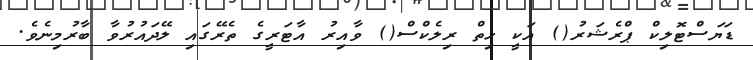
ޑަޔަސްޓޮލިކް ޕްރެޝަރު() އަކީ ހިތް ރިލެކްސް() ވާއިރު އާޓަރީގެ ތެރޭގައި ލޭދައުރުވާ ބާރުމިނެވެ.